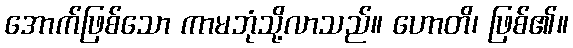
အောက်ဖြစ်သော ကာမဘုံသို့လာသည်။ ဟောတိ၊ ဖြစ်၏။